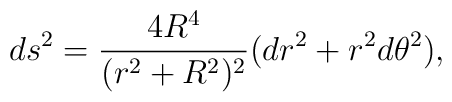
ds^2={4R^4\over(r^2+R^2)^2}(dr^2+r^2d\theta^2),